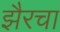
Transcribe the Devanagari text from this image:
झैरचा